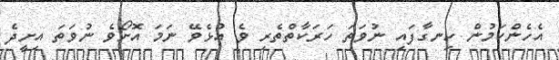
އެހެންކަމުން ހިނގާފައި ނުވަތަ ހަރަކާތްތެރި ވެ އުޅެވޭ ނަމަ އޮށޯވެ ނުވަތަ އިށީދެ